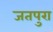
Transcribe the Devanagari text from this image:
जतपुरा